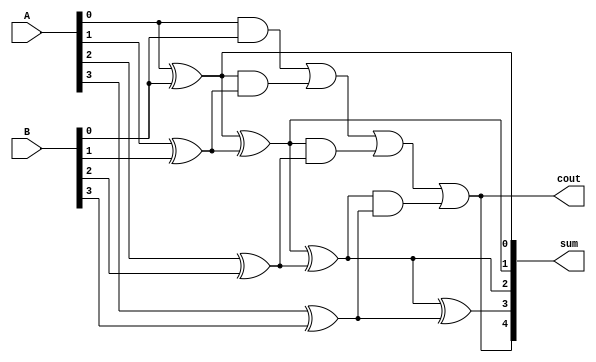
module kogge_stone_adder (
   input [3:0] A, B,
   output [4:0] sum,
   output cout
);

wire [3:0] p, g;

assign p[0] = A[0] ^ B[0];
assign g[0] = A[0] & B[0];

assign p[1] = p[0] ^ (A[1] ^ B[1]);
assign g[1] = g[0] | (p[0] & (A[1] ^ B[1]));

assign p[2] = p[1] ^ (A[2] ^ B[2]);
assign g[2] = g[1] | (p[1] & (A[2] ^ B[2]));

assign p[3] = p[2] ^ (A[3] ^ B[3]);
assign g[3] = g[2] | (p[2] & (A[3] ^ B[3]));

assign sum = {g[3], p[3:0]};
assign cout = g[3];

endmodule